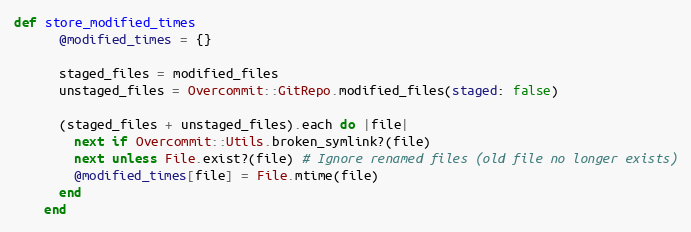
Language: Ruby
def store_modified_times
      @modified_times = {}

      staged_files = modified_files
      unstaged_files = Overcommit::GitRepo.modified_files(staged: false)

      (staged_files + unstaged_files).each do |file|
        next if Overcommit::Utils.broken_symlink?(file)
        next unless File.exist?(file) # Ignore renamed files (old file no longer exists)
        @modified_times[file] = File.mtime(file)
      end
    end